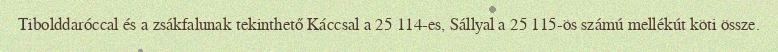
Tibolddaróccal és a zsákfalunak tekinthető Káccsal a 25 114-es, Sállyal a 25 115-ös számú mellékút köti össze.